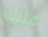
عليك